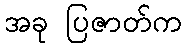
အခု ပြဇာတ်က